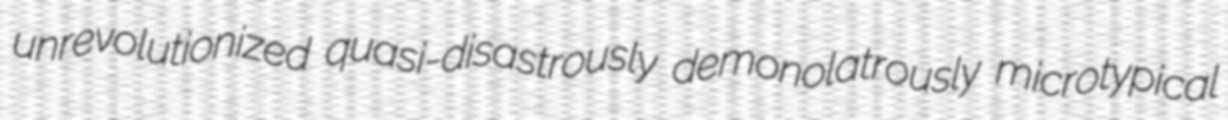
unrevolutionized quasi-disastrously demonolatrously microtypical